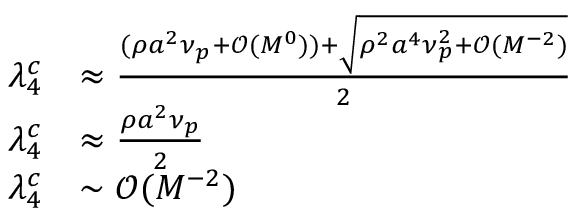
\begin{array} { r l } { \lambda _ { 4 } ^ { c } } & { \approx \frac { ( \rho a ^ { 2 } \nu _ { p } + \mathcal { O } ( M ^ { 0 } ) ) + \sqrt { \rho ^ { 2 } a ^ { 4 } \nu _ { p } ^ { 2 } + \mathcal { O } ( M ^ { - 2 } ) } } { 2 } } \\ { \lambda _ { 4 } ^ { c } } & { \approx \frac { \rho a ^ { 2 } \nu _ { p } } { 2 } } \\ { \lambda _ { 4 } ^ { c } } & { \sim \mathcal { O } ( M ^ { - 2 } ) } \end{array}